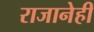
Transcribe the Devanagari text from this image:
राजानेही